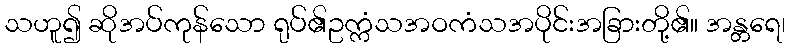
သဟူ၍ ဆိုအပ်ကုန်သော ရုပ်၏ဥက္ကံသအဝကံသအပိုင်းအခြားတို့၏။ အန္တရေ၊